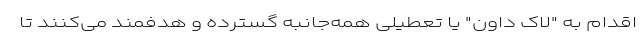
اقدام به "لاک داون" یا تعطیلی همه‌جانبه گسترده و هدفمند می‌کنند تا